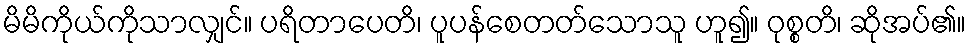
မိမိကိုယ်ကိုသာလျှင်။ ပရိတာပေတိ၊ ပူပန်စေတတ်သောသူ ဟူ၍။ ဝုစ္စတိ၊ ဆိုအပ်၏။